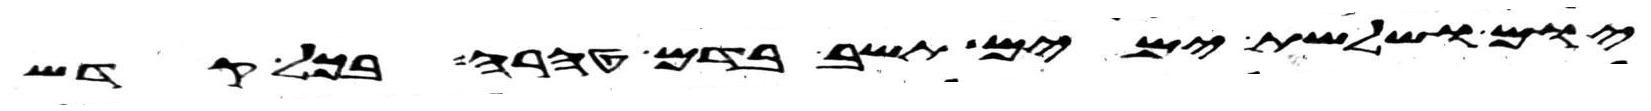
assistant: יום ושלשת ימים תשב בדם טהרה בכל קדש